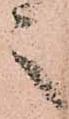
之